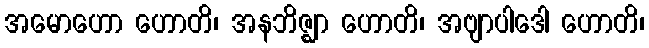
အမောဟော ဟောတိ၊ အနဘိဇ္ဈာ ဟောတိ၊ အဗျာပါဒေါ ဟောတိ၊